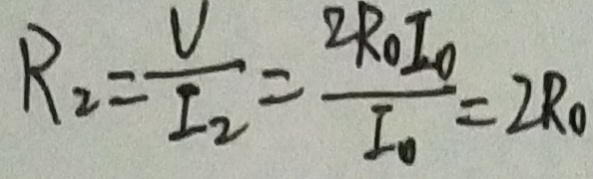
R _ { 2 } = \frac { V } { I _ { 2 } } = \frac { 2 R _ { 0 } I _ { 0 } } { I _ { 0 } } = 2 R _ { 0 }